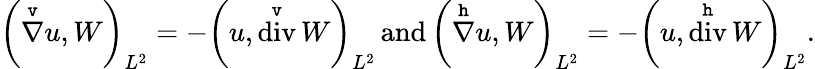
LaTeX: \left(\overset{\mathtt{v}}{\nabla}u,W\right)_{L^{2}}=-\left(u,\overset{\mathtt{v}}{\operatorname{div}}W\right)_{L^{2}}\, \mathrm{and}\, \left(\overset{\mathtt{h}}{\nabla}u,W\right)_{L^{2}}=-\left(u,\overset{\mathtt{h}}{\operatorname{div}}W\right)_{L^{2}}.